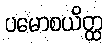
ပမောစယိတ္ထ